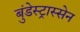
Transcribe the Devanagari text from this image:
बुंडेस्ट्रास्सेन